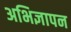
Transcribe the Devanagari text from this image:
अभिज्ञापन